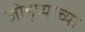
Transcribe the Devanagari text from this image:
जोड्प्याच्या